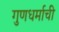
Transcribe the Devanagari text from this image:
गुणधर्माची